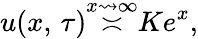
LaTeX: u(x,\, \tau){\overset{x\rightsquigarrow\infty}{\asymp}}Ke^{x},